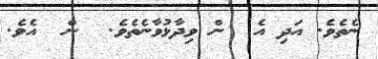
ނެތެވެ. އަދި އެ  ން ވިދާޅުވާނެތެވެ.  ން  އެވެ.